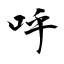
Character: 呼